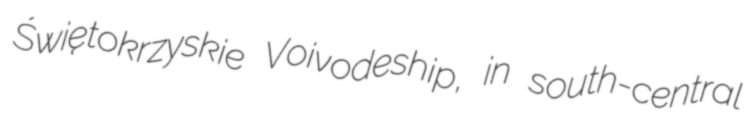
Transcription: Świętokrzyskie Voivodeship, in south-central